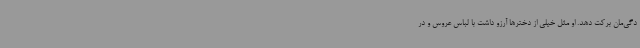
دگی‌مان برکت دهد. او مثل خیلی از دخترها آرزو داشت با لباس عروس و در